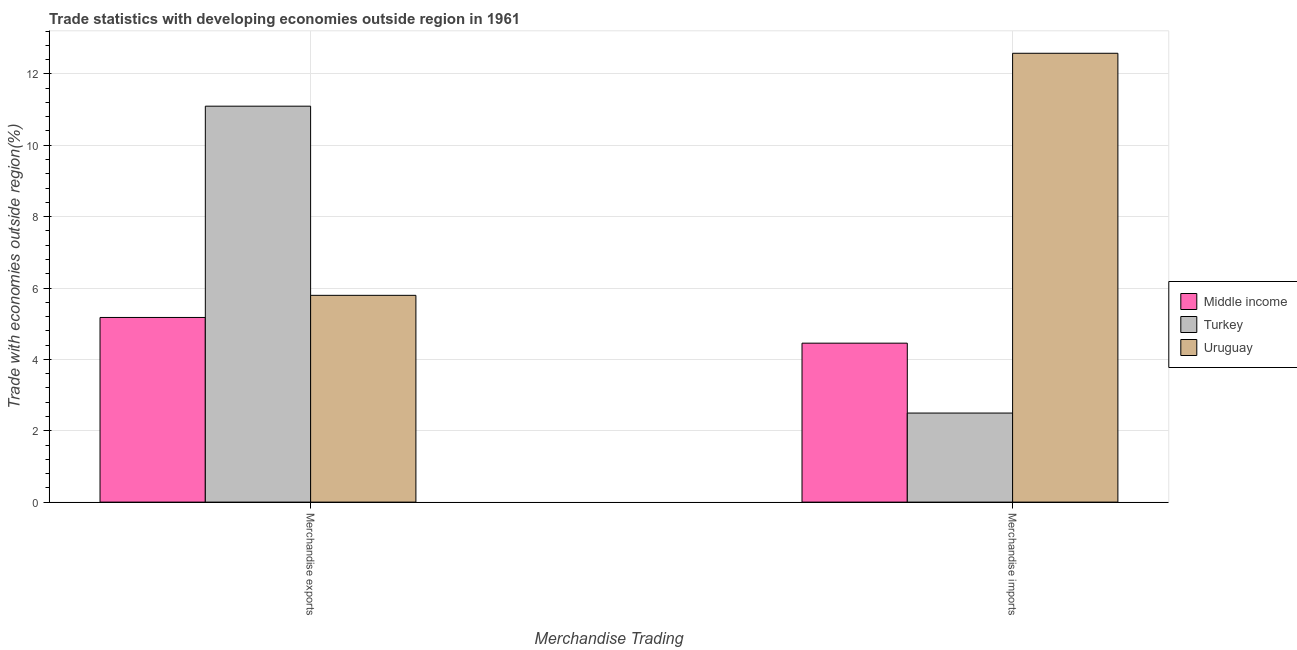
| Merchandise Trading | Middle income | Turkey | Uruguay |
 | --- | --- | --- | --- |
 | Merchandise exports | 5.17 | 11.1 | 5.79 |
 | Merchandise imports | 4.45 | 2.5 | 12.6 |